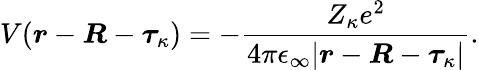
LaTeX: V(\boldsymbol{r}-\boldsymbol{R}-\boldsymbol{\tau}_{\kappa})=-\frac{Z_{\kappa}e^{2}}{4\pi\epsilon_{\infty}|\boldsymbol{r}-\boldsymbol{R}-\boldsymbol{\tau}_{\kappa}|}.